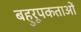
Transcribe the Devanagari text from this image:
बहुरूपकताओं